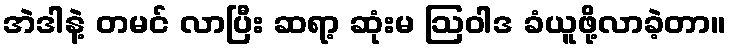
အဲဒါနဲ့ တမင် လာပြီး ဆရာ့ ဆုံးမ ဩဝါဒ ခံယူဖို့လာခဲ့တာ။